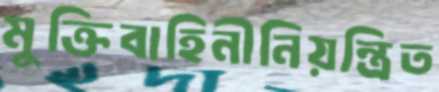
মুক্তিবাহিনীনিয়ন্ত্রিত